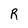
Character: R